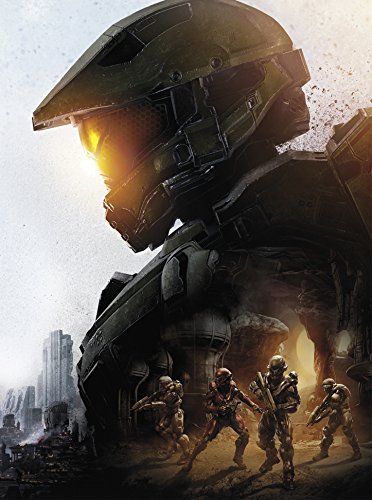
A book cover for Halo 5: Guardians Collector's Edition Strategy Guide: Prima Official Game Guide; Prima Games; Humor & Entertainment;